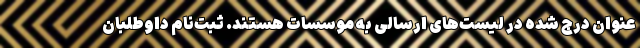
عنوان درج شده در لیست‌های ارسالی به موسسات هستند. ثبت‌نام داوطلبان